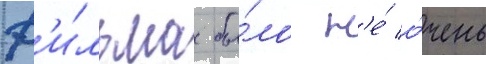
ф'и́льма бы́ло н'е́ о́чень